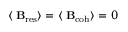
\langle { \bf \delta B } _ { \mathrm { r e s } } \rangle = \langle { \bf \delta B } _ { \mathrm { c o h } } \rangle = 0